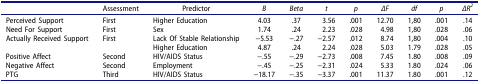
<table><thead><tr><td><b> </b></td><td><b>Assessment</b></td><td><b>Predictor</b></td><td><b><i>B</i></b></td><td><b><i>Beta</i></b></td><td><b><i>t</i></b></td><td><b><i>p</i></b></td><td><b><i>ΔF</i></b></td><td><b><i>df</i></b></td><td><b><i>p</i></b></td><td><b><i>ΔR<sup>2</sup></i></b></td></tr></thead><tbody><tr><td>Perceived Support</td><td>First</td><td>Higher Education</td><td>4.03</td><td>.37</td><td>3.56</td><td>.001</td><td>12.70</td><td>1,80</td><td>.001</td><td>.14</td></tr><tr><td>Need For Support</td><td>First</td><td>Sex</td><td>1.74</td><td>.24</td><td>2.23</td><td>.028</td><td>4.98</td><td>1,80</td><td>.028</td><td>.06</td></tr><tr><td>Actually Received Support</td><td>First</td><td>Lack Of Stable Relationship</td><td>−5.53</td><td>−.27</td><td>−2.57</td><td>.012</td><td>8.74</td><td>1,80</td><td>.004</td><td>.10</td></tr><tr><td> </td><td> </td><td>Higher Education</td><td>4.87</td><td>.24</td><td>2.24</td><td>.028</td><td>5.03</td><td>1.79</td><td>.028</td><td>.05</td></tr><tr><td>Positive Affect</td><td>Second</td><td>HIV/AIDS Status</td><td>−.55</td><td>−.29</td><td>−2.73</td><td>.008</td><td>7.45</td><td>1.80</td><td>.008</td><td>.09</td></tr><tr><td>Negative Affect</td><td>Second</td><td>Employment</td><td>−.45</td><td>−.25</td><td>−2.31</td><td>.024</td><td>5.33</td><td>1.80</td><td>.024</td><td>.06</td></tr><tr><td>PTG</td><td>Third</td><td>HIV/AIDS Status</td><td>−18.17</td><td>−.35</td><td>−3.37</td><td>.001</td><td>11.37</td><td>1.80</td><td>.001</td><td>.12</td></tr></tbody></table>